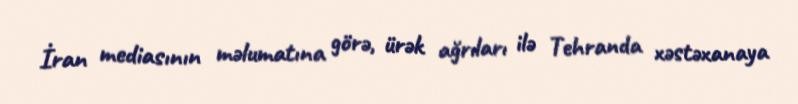
İran mediasının məlumatına görə, ürək ağrıları ilə Tehranda xəstəxanaya